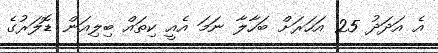
އެ އަދަދު 25 އަހަރަށް ބަހާލާ ނަމަ އެއީ ކިތައް ބިލިއަން ޑޮލަރުގެ